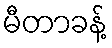
မီတာခန့်